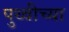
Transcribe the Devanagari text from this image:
पुथ्वीच्या